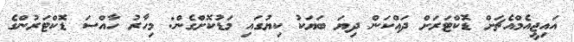
އައިޖީއެމްއެޗަށް ޑޮކްޓަރަށް ދައްކަން ދިޔަ ބަޔަކު ކިޔުގައި މަޑުކޮށްގެން: މިހާރު ހާއްސަ ޑޮކްޓަރުންގެ